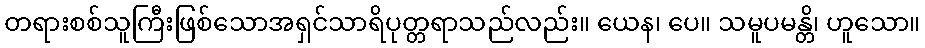
တရားစစ်သူကြီးဖြစ်သောအရှင်သာရိပုတ္တရာသည်လည်း။ ယေန၊ ပေ။ သမူပမန္တိ၊ ဟူသော။